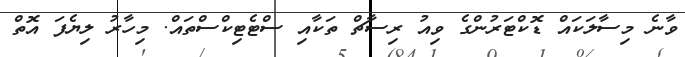
ވާނެ މިސާލަކައް ޑޮކްޓަރުންގެ ވިއު ރިސާޗް ތަކާއި ސްޓެޓިކްސްތައް. މިހާރު ލިޔެފަ އޮތް